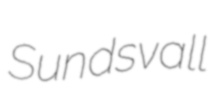
Sundsvall